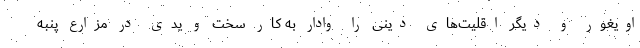
اویغور و دیگر اقلیت‌های دینی را وادار به کار سخت و یدی در مزارع پنبه